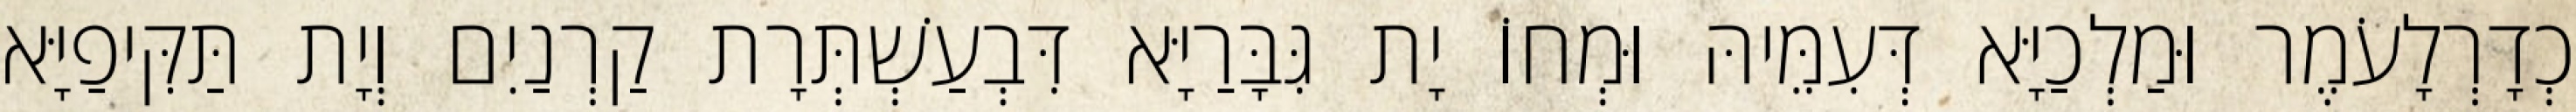
כְדָרְלָעֹמֶר וּמַלְכַיָּא דְּעִמֵּיהּ וּמְחוֹ יָת גִּבָּרַיָּא דִּבְעַשְׁתְּרָת קַרְנַיִם וְיָת תַּקִּיפַיָּא